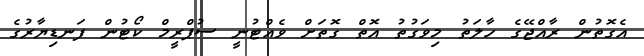
އެގޮތުން ރާއްޖޭގެ ހާލަތު މިވަގުތު އޮތް ގޮތަށް ވެއްޓުނީ ސުޕްރީމް ކޯޓުން ފަނޑިޔާރުގެ